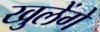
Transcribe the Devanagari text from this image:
खुलेंगे